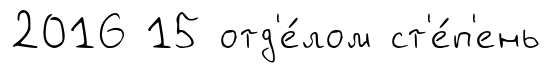
2016 15 отд'е́лом ст'е́п'ень